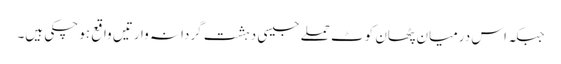
جبکہ اس درمیان پٹھان کوٹ حملے جیسی دہشت گردانہ وارتیں واقع ہو چکی ہیں۔